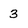
Character: 3